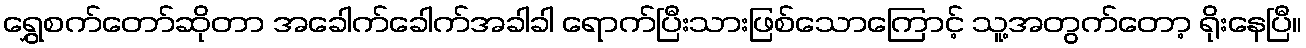
ရွှေစက်တော်ဆိုတာ အခေါက်ခေါက်အခါခါ ရောက်ပြီးသားဖြစ်သောကြောင့် သူ့အတွက်တော့ ရိုးနေပြီ။